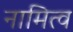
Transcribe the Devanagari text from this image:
नामित्व